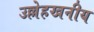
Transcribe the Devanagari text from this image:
उल्लेहखनीय